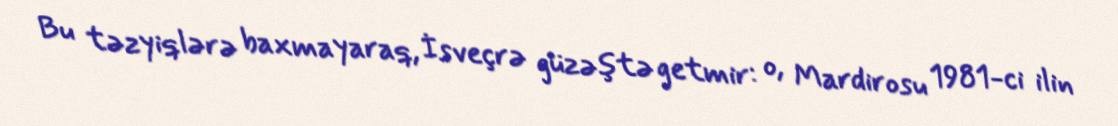
Bu təzyiqlərə baxmayaraq, İsveçrə güzəştə getmir: o, Mardirosu 1981-ci ilin